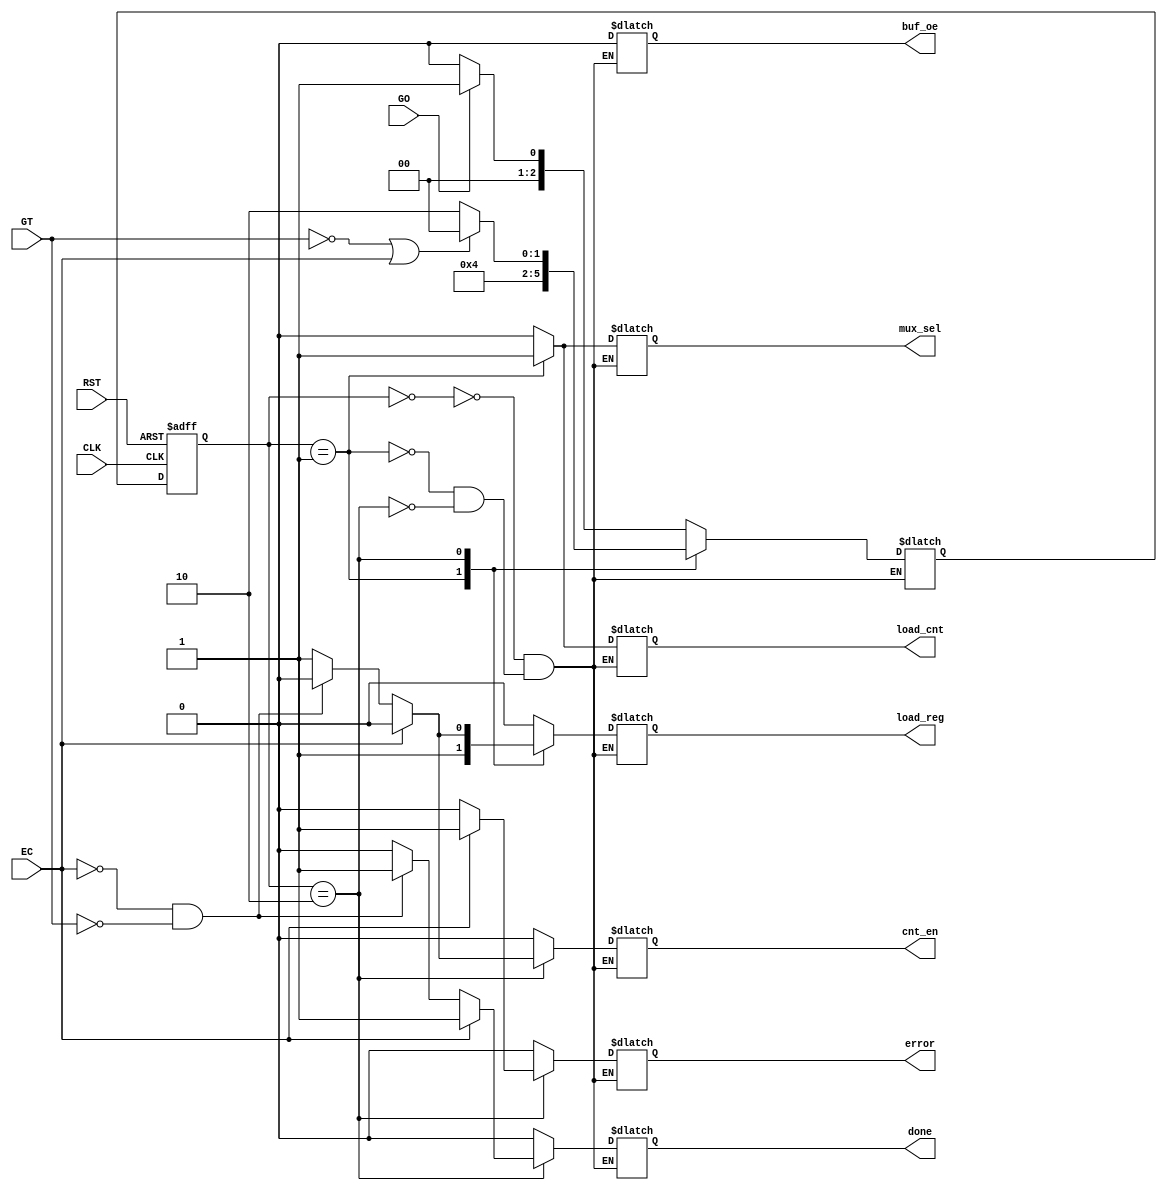
`timescale 1ns / 1ps
//////////////////////////////////////////////////////////////////////////////////
// Company: 
// Engineer: 
// 
// Design Name: 
// Module Name: CU
// Project Name: 
// Target Devices: 
// Tool Versions: 
// Description: 
// 
// Dependencies: 
// 
// Revision:
// Revision 0.01 - File Created
// Additional Comments:
// 
//////////////////////////////////////////////////////////////////////////////////



module CU #(parameter DATA_WIDTH = 32)(
    input GO,
    input GT,
    input RST,
    input CLK,
    input EC,
    output reg load_cnt,
    output reg cnt_en,
    output reg mux_sel,
    output reg load_reg,
    output reg buf_oe,
    output reg done,
    output reg error
    );

    parameter   S0 = 3'b000,
                S1 = 3'b001,
                S2 = 3'b010,
                S3 = 3'b011,
                S4 = 3'b100;
    reg [2:0] CS, NS;
    //NS driver
    always @ (posedge CLK, posedge RST)
        begin
            if(RST == 1) CS <= S0;
            else         CS <= NS;
        
        end
    //Output logic
    always @ (CS, GT, EC)
        begin
            case(CS)
                S0: begin
                        load_cnt =0;
                        cnt_en = 0;
                        mux_sel = 0;
                        load_reg = 0;
                        buf_oe = 0;
                        done = 0;
                        error = 0;
                    end
                //Load
                S1: begin

                        load_cnt =1;
                        cnt_en = 0;
                        mux_sel = 1;
                        load_reg = 1;
                        buf_oe = 0;
                        done = 0;
                        error = 0;

                        
                    end
                //Finished
                S2: begin
                
                    if(EC)begin
                        load_cnt <= 0;
                        cnt_en <= 0;
                        mux_sel <= 0;
                        load_reg <= 0;
                        buf_oe <= 0;
                        done <= 1;
                        error <= 1; 
                        end
                    else if(!EC && !GT)begin
                        load_cnt = 0;
                        cnt_en = 0;
                        mux_sel = 0;
                        load_reg = 0;
                        buf_oe = 0;
                        done = 1;
                        error = 0;  
                        end
                    else begin
                        load_cnt = 0;
                        cnt_en = 1;
                        mux_sel = 0;
                        load_reg = 1;
                        buf_oe = 0;
                        done = 0;
                        error = 0;  
                    
                        end    
                    end

             endcase                 
        end
    always @ (CS, GO, GT, EC)
        begin
            case(CS)
                S0: begin
                        if(GO == 1) NS <= S1;      // Go = 1 and D <= 12, go state 1
                        else NS <= S0;                       // Go = 0
                    end
                S1: begin
                        NS <= S2; 
                    end
                 //Finished   
                 S2: 
                    if(GT == 0 || EC == 1) NS <= S0;
                    else NS <= S2;


            
            endcase       
        end
    
        
    
    
    
endmodule